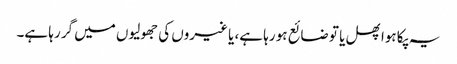
یہ پکا ہوا پھل یا تو ضائع ہو رہا ہے، یا غیروں کی جھولیوں میں گر رہا ہے۔